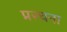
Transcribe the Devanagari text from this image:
प्ररचना